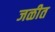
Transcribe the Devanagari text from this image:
जळीत